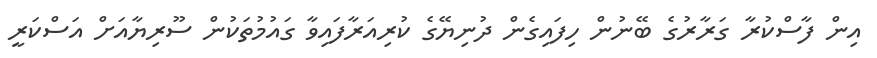
އިން ފާސްކުރާ ގަރާރުގެ ބޭނުން ހިފައިގެން ދުނިޔޭގެ ކުރިއަރާފައިވާ ގައުމުތަކުން ސޫރިޔާއަށް އަސްކަރީ